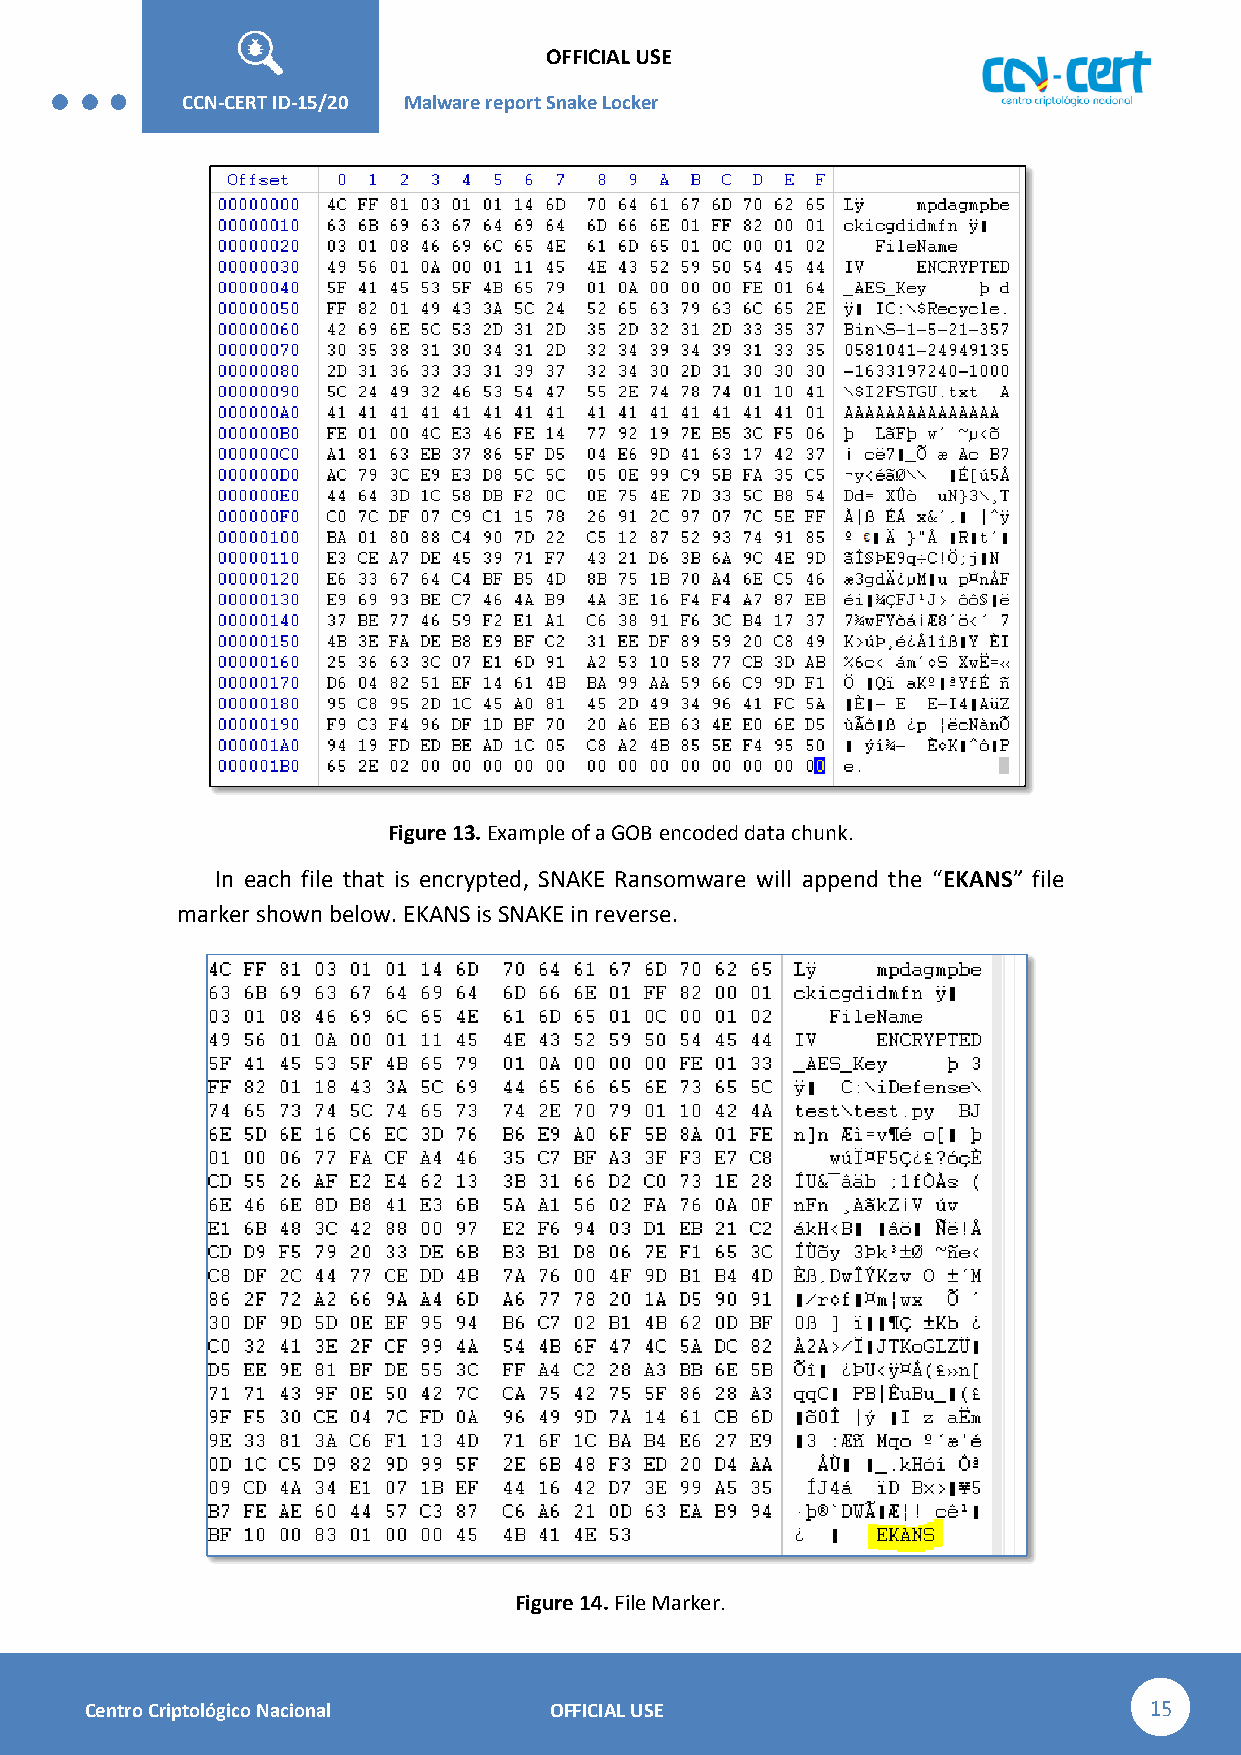
OFFICIAL USE
 CCN-STIC-
 426        CCN-CERT ID-15/20 Malware report Snake Lo cker
 Figure 13. Example of a GOB encoded data chunk.
 In each file that is encrypted, SNAKE Ransomware will append the “EKANS” file
 marker shown below. EKANS is SNAKE in reverse.
 Figure 14. File Marker.
 Centro Criptológico Nacional  OFFICIAL USE                            15